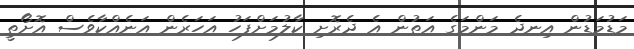
މަޑުމަޑުން އިނދެ މަންމަގެ އަތުން އެ ދެރޮށި ކާލުމަށްފަހު އަހަރެން އަނެއްކާވެސް އޮށޯތީ